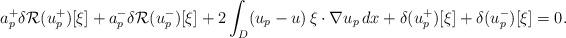
LaTeX: \begin{align*}a^+_p\delta \mathcal R(u_p^+)[\xi]+a_p^-\delta\mathcal R(u_p^-)[\xi]+2\int_{D}(u_p-u)\,\xi\cdot \nabla u_p\,dx+\delta (u_p^+)[\xi]+\delta (u_p^-)[\xi]=0.\end{align*}